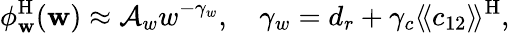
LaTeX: \phi_{\mathbf{w}}^{\mathrm{H}}(\mathbf{w})\approx\mathcal{A}_{w}w^{-\gamma_{w}},\quad\gamma_{w}={d_{r}}+\gamma_{c}\langle\! \langle c_{12}\rangle\! \rangle^{\mathrm{H}},